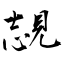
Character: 覟